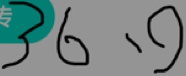
3 6 、 9